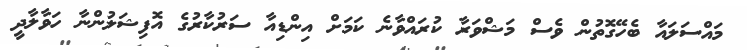
މައްސަލައާ ބެހޭގޮތުން ވެސް މަޝްވަރާ ކުރައްވާނެ ކަމަށް އިންޑިއާ ސަރުކާރުގެ އޮފިޝަލުންނާ ހަވާލާދީ